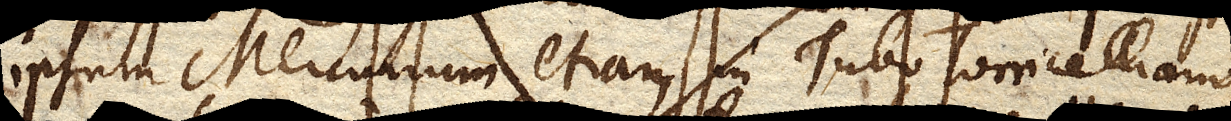
ipsum Mercurium etiam in Tubo Torricelliano